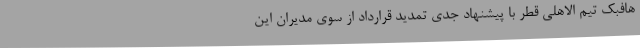
هافبک تیم الاهلی قطر با پیشنهاد جدی تمدید قرارداد از سوی مدیران این